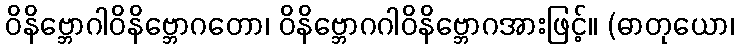
ဝိနိဗ္ဘောဂါဝိနိဗ္ဘောဂတော၊ ဝိနိဗ္ဘောဂဂါဝိနိဗ္ဘောဂအားဖြင့်။ (ဓာတုယော၊